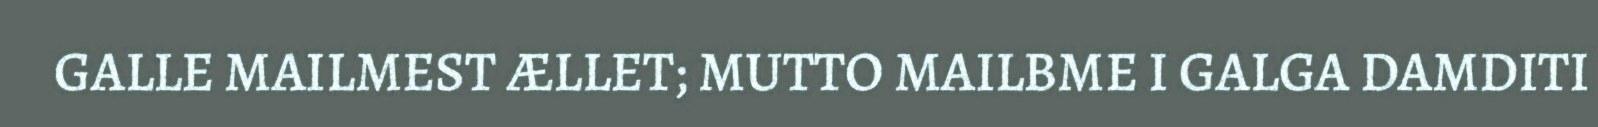
GALLE MAILMEST ÆLLET; MUTTO MAILBME I GALGA DAMDITI